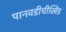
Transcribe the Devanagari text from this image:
पानवडीचीखिंड